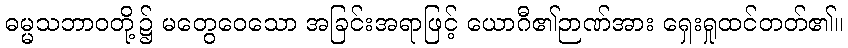
ဓမ္မသဘာဝတို့၌ မတွေဝေသော အခြင်းအရာဖြင့် ယောဂီ၏ဉာဏ်အား ရှေးရှုထင်တတ်၏။